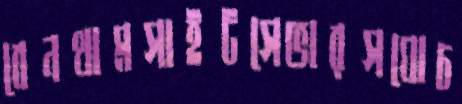
বেনথামসাইটসেভারসঘোচ